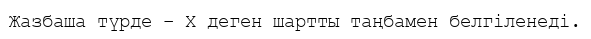
Жазбаша түрде – Х деген шартты таңбамен белгіленеді.